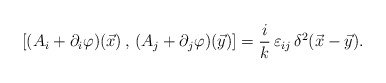
\begin{align*}[(A_{i}+\partial_i \varphi)(\vec x)\, ,\, (A_{j}+\partial_j \varphi)(\vec y)]= \frac ik \,\varepsilon_{ij}\,\delta^{2}(\vec x - \vec y).\end{align*}